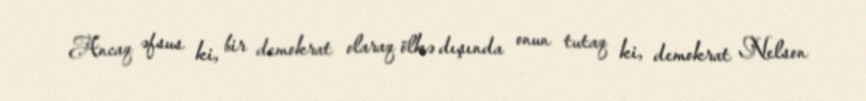
Ancaq əfsus ki, bir demokrat olaraq ölkə dışında onun tutaq ki, demokrat Nelson